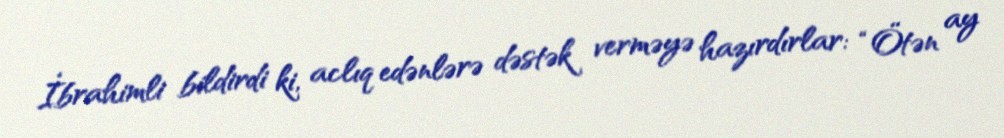
İbrahimli bildirdi ki, aclıq edənlərə dəstək verməyə hazırdırlar: “Ötən ay